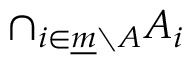
\cap _ { i \in { \underline { { m } } } \setminus A } A _ { i }